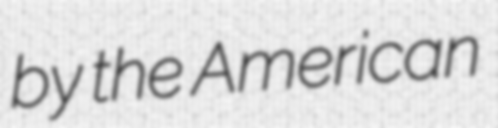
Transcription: by the American